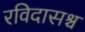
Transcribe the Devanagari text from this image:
रविदासश्च